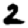
Digit: 2